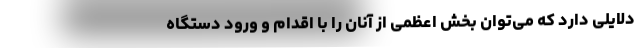
دلایلی دارد که می‌توان بخش اعظمی از آنان را با اقدام و ورود دستگاه